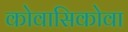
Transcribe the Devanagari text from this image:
कोवासिकोवा